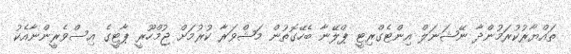
ތައްޔާރުކުރަމުންދާ ނޭޝަނަލް އިންޓެގްރިޓީ ޕްލޭނާ ބެހޭގޮތުން މަޝްވަރާ ކުރުމަށް ޖުމްހޫރީ ޕާޓީގެ އިސްވެރީންނާއެކު